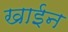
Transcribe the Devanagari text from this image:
खाईन